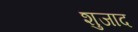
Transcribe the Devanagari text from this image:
शुजाद